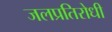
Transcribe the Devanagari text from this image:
जलप्रतिरोधी